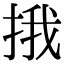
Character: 㧴